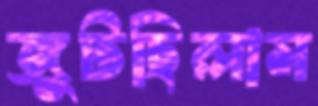
জুটছিলাম